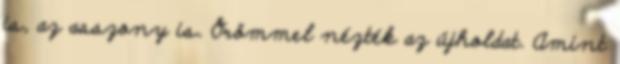
is, az asszony is. Örömmel nézték az újholdat. Amint